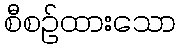
စီစဉ်ထားသော